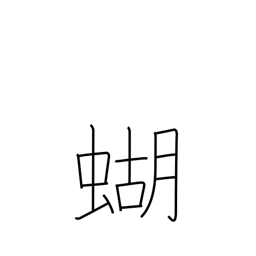
Meaning: butterfly